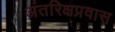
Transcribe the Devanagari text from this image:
अंतरिक्षप्रवास